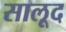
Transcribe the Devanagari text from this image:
सालूद